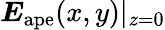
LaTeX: \boldsymbol{E}_{\mathrm{ape}}(x,y)|_{z=0}